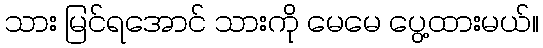
သား မြင်ရအောင် သားကို မေမေ ပွေ့ထားမယ်။